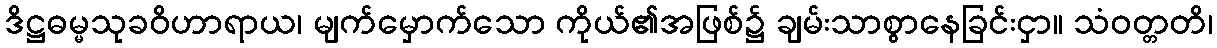
ဒိဋ္ဌဓမ္မသုခဝိဟာရာယ၊ မျက်မှောက်သော ကိုယ်၏အဖြစ်၌ ချမ်းသာစွာနေခြင်းငှာ။ သံဝတ္တတိ၊